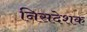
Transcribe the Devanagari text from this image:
निसदेशक